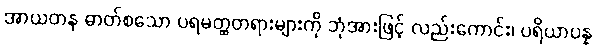
အာယတန ဓာတ်စသော ပရမတ္ထတရားများကို ဘုံအားဖြင့် လည်းကောင်း၊ ပရိယာပန္န